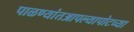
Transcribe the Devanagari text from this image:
पाळण्यांतआपल्यापोटच्या